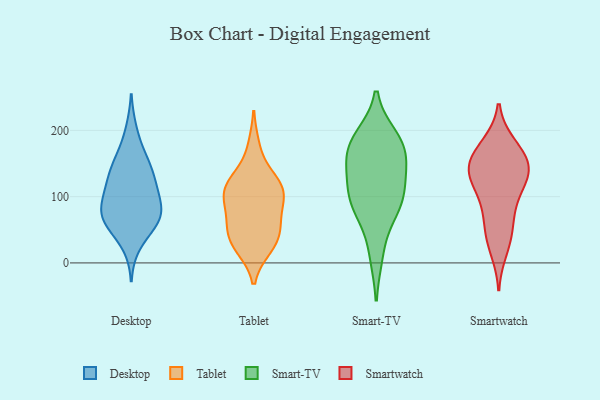
{"axis": {"x": "Active Users", "y": "Value"}, "legend": ["Desktop", "Smart-TV", "Smartwatch", "Tablet"], "data": [{"x": "", "y": 71, "type": "Desktop"}, {"x": "", "y": 90, "type": "Desktop"}, {"x": "", "y": 156, "type": "Desktop"}, {"x": "", "y": 57, "type": "Desktop"}, {"x": "", "y": 129, "type": "Desktop"}, {"x": "", "y": 106, "type": "Desktop"}, {"x": "", "y": 94, "type": "Desktop"}, {"x": "", "y": 60, "type": "Desktop"}, {"x": "", "y": 128, "type": "Desktop"}, {"x": "", "y": 162, "type": "Desktop"}, {"x": "", "y": 27, "type": "Desktop"}, {"x": "", "y": 69, "type": "Desktop"}, {"x": "", "y": 200, "type": "Desktop"}, {"x": "", "y": 69, "type": "Desktop"}, {"x": "", "y": 70, "type": "Desktop"}, {"x": "", "y": 142, "type": "Desktop"}, {"x": "", "y": 113, "type": "Desktop"}, {"x": "", "y": 123, "type": "Tablet"}, {"x": "", "y": 49, "type": "Tablet"}, {"x": "", "y": 24, "type": "Tablet"}, {"x": "", "y": 64, "type": "Tablet"}, {"x": "", "y": 120, "type": "Tablet"}, {"x": "", "y": 28, "type": "Tablet"}, {"x": "", "y": 174, "type": "Tablet"}, {"x": "", "y": 30, "type": "Tablet"}, {"x": "", "y": 118, "type": "Tablet"}, {"x": "", "y": 108, "type": "Tablet"}, {"x": "", "y": 94, "type": "Tablet"}, {"x": "", "y": 52, "type": "Tablet"}, {"x": "", "y": 107, "type": "Tablet"}, {"x": "", "y": 83, "type": "Tablet"}, {"x": "", "y": 94, "type": "Smart-TV"}, {"x": "", "y": 188, "type": "Smart-TV"}, {"x": "", "y": 175, "type": "Smart-TV"}, {"x": "", "y": 91, "type": "Smart-TV"}, {"x": "", "y": 103, "type": "Smart-TV"}, {"x": "", "y": 138, "type": "Smart-TV"}, {"x": "", "y": 139, "type": "Smart-TV"}, {"x": "", "y": 14, "type": "Smart-TV"}, {"x": "", "y": 173, "type": "Smart-TV"}, {"x": "", "y": 177, "type": "Smart-TV"}, {"x": "", "y": 78, "type": "Smart-TV"}, {"x": "", "y": 95, "type": "Smartwatch"}, {"x": "", "y": 70, "type": "Smartwatch"}, {"x": "", "y": 126, "type": "Smartwatch"}, {"x": "", "y": 40, "type": "Smartwatch"}, {"x": "", "y": 177, "type": "Smartwatch"}, {"x": "", "y": 133, "type": "Smartwatch"}, {"x": "", "y": 46, "type": "Smartwatch"}, {"x": "", "y": 150, "type": "Smartwatch"}, {"x": "", "y": 93, "type": "Smartwatch"}, {"x": "", "y": 129, "type": "Smartwatch"}, {"x": "", "y": 142, "type": "Smartwatch"}, {"x": "", "y": 147, "type": "Smartwatch"}, {"x": "", "y": 179, "type": "Smartwatch"}, {"x": "", "y": 140, "type": "Smartwatch"}, {"x": "", "y": 19, "type": "Smartwatch"}, {"x": "", "y": 167, "type": "Smartwatch"}]}